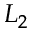
L _ { 2 }